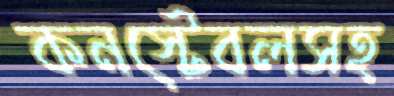
কনস্টেবলসহ